Code of medical and sanitary regulations for the guidance of medical officers serving in the Madras Presidency - Volume I
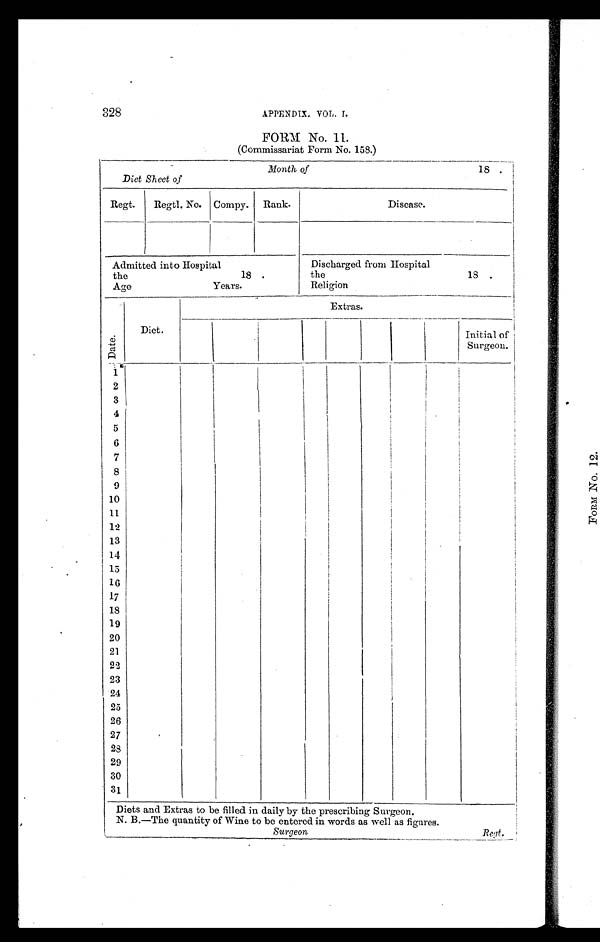
328
APPENDIX. VOL. I.
FORM No.
1 1 .
(Commissariat Form No. 158.)
Month of
18 .
Diet Sheet of
Regt.
Regtl. No. Compy. Rank.
Disease.
Admitted into Hospital
Discharged from Hospital
the
18 .
the
18 .
Age
Years.
Religion
Date.
Diet.
Extras.
Initial of
Surgeon.
1
2
3
4
5
6
7
8
9
10
11
12
13
14
15
16
17
18
19
20
21
22
23
24
2 5
26
27
28
29
30
31
Diets and Extras to be filled in daily by the prescribing Surgeon.
N. B.—The quantity of Wine to be entered in words as well as figures.
Surgeon
Regt.